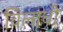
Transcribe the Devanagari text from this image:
विलाधी